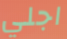
اجلي